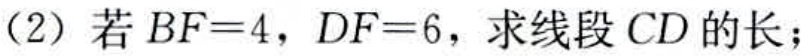
(2) 若 \(BF = 4\)，\(DF = 6\)，求线段 \(CD\) 的长；